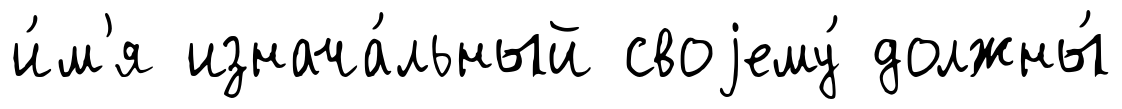
и́м'я изнача́льный своjему́ должны́